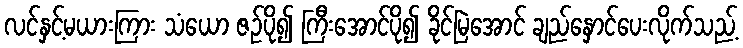
လင်နှင့်မယားကြား သံယော ဇဉ်ပို၍ ကြီးအောင်ပို၍ ခိုင်မြဲအောင် ချည်နှောင်ပေးလိုက်သည့်